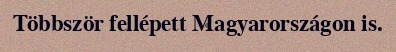
Többször fellépett Magyarországon is.